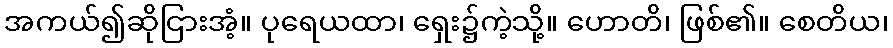
အကယ်၍ဆိုငြားအံ့။ ပုရေယထာ၊ ရှေး၌ကဲ့သို့။ ဟောတိ၊ ဖြစ်၏။ စေတိယ၊